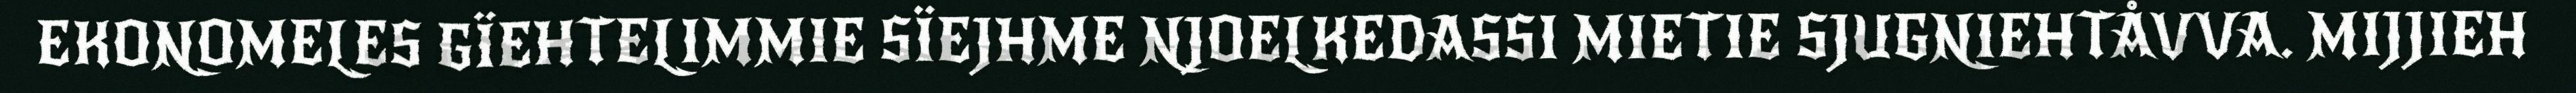
EKONOMELES GÏEHTELIMMIE SÏEJHME NJOELKEDASSI MIETIE SJUGNIEHTÅVVA. MIJJIEH